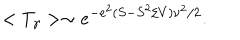
LaTeX: < T _ { \gamma } > \sim e ^ { - e ^ { 2 } ( S - S ^ { 2 } / V ) \nu ^ { 2 } / 2 } .